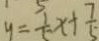
y = \frac { 1 } { 5 } x + \frac { 7 } { 5 }